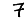
Digit: 7